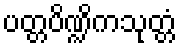
ပတ္တပိဏ္ဍိကသုတ္တံ